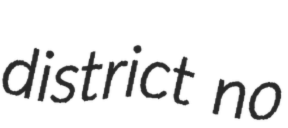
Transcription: district no